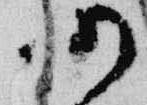
仍